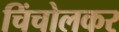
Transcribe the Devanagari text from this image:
चिंचोलकर